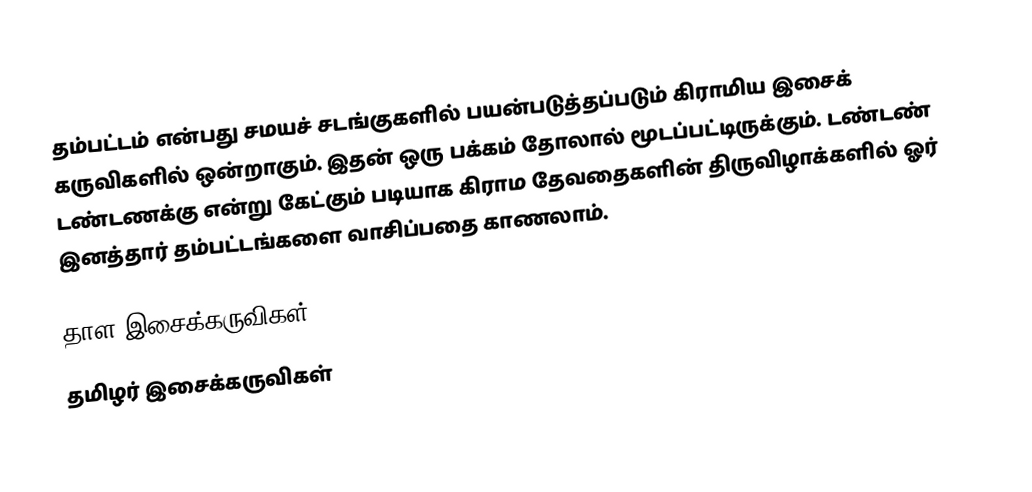
தம்பட்டம் என்பது சமயச் சடங்குகளில் பயன்படுத்தப்படும் கிராமிய இசைக் கருவிகளில் ஒன்றாகும். இதன் ஒரு பக்கம் தோலால் மூடப்பட்டிருக்கும். டண்டண் டண்டணக்கு என்று கேட்கும் படியாக கிராம தேவதைகளின் திருவிழாக்களில் ஓர் இனத்தார் தம்பட்டங்களை வாசிப்பதை காணலாம்.

தாள இசைக்கருவிகள்
தமிழர் இசைக்கருவிகள்